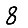
Digit: 8